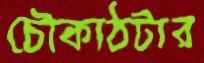
চৌকাঠটার